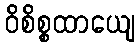
ဝိစိစ္စထာယျေ